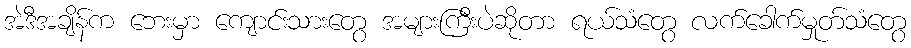
အဲဒီအချိန်က ဘေးမှာ ကျောင်းသားတွေ အများကြီးပဲဆိုတာ ရယ်သံတွေ လက်ခေါက်မှုတ်သံတွေ